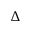
\Delta